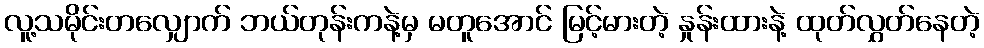
လူ့သမိုင်းတလျှောက် ဘယ်တုန်းကနဲ့မှ မတူအောင် မြင့်မားတဲ့ နှုန်းထားနဲ့ ထုတ်လွှတ်နေတဲ့